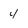
Character: 4